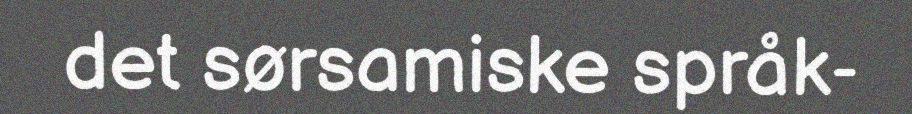
det sørsamiske språk-